Vaccination in Burma 1900-1911 - 1900-1911
Year: 1900
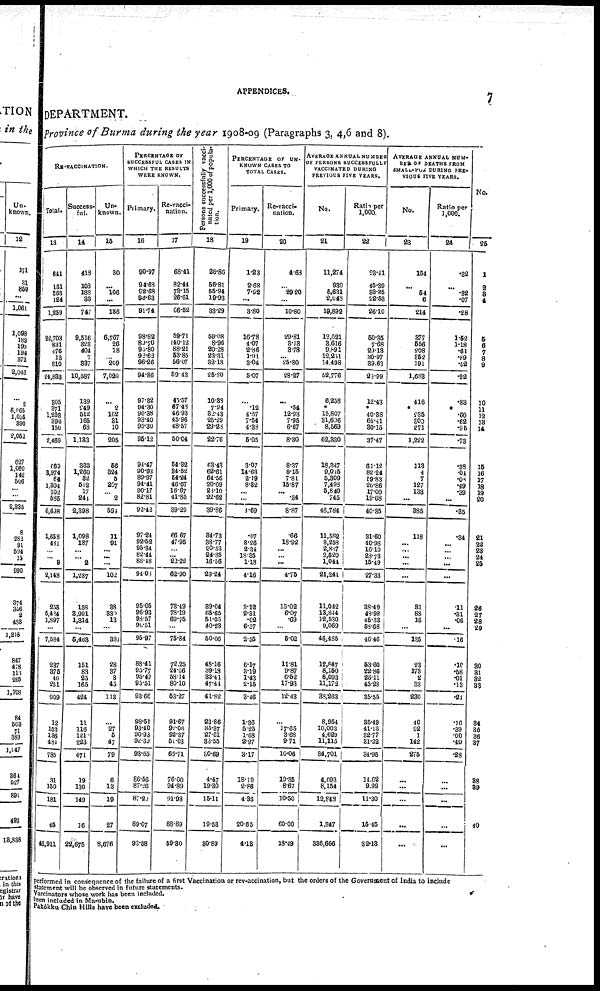
APPENDICES.
7
DEPARTMENT.
province of Burma during the year 1908-09 (Paragraphs 3, 4,6 and 8).
RE-VACCINATION.
Total.
13
641
131
863
124
1,259
22,703
831
476
13
810
24,833
305
371
1,253
390
150
2,469
669
3,974
64
1,804
102
585
6,698
1,658
461
...
... 9
2,148
238
5,434
1,897
...
7,584
237
375
46
251
909
12
153
136
484
785
31
150
181
45
46,911
Success-
ful.
14
418
103
188
33
747
9,516
323
404
7
337
10,587
139
249
512
165
68
1,133
333
1,260
32
512
17
244
2,398
1,098
187
...
... 2
1,287
158
3,991
1,314
...
5,463
151
83
25
165
424
11
116
121
223
471
19
130
149
16
22,675
Un-
known.
15
30
...
106
...
136
6,767
26
18
... 209
7,020
...
2
162
31
10
205
56
324
5
207
... 2
594
11
91
...
...
...
102
38
330
13
...
381
28
37
3
45
113
...
27
5
47
79
6
13
19
27
8,676
PERCENTAGE OF
SUCCESSFUL CASES IN
WHICH THE RESULTS
WERE KNOWN.
Primary.
16
90.97
94.68
92.68
94.63
91.74
98.82
89.70
95.80
92.62
96.26
94.86
97.32
94.30
96.38
93.40
95.30
95.12
91.47
90.93
89.97
94.41
90.17
82.81
92.42
97.24
92.52
95.34
82.44
88.48
94.08
95.05
96.93
98.57
90.51
95.97
88.41
95.77
95.49
95.51
93.66
98.51
93.40
90.93
92.39
93.65
86.56
87.26
87.20
89.07
93.58
Re-vacci-
nation.
17
68.41
82.44
72.15 26.61
86.52
59.71
140.12
88.21
53.85
56.07
59.43
45.57
67.48
46.93
45.96
48.57
50.04
54.32
34.52
54.24
46.67
16.67
41.85
39.29
66.67
47.95
...
... 22.22
62.90
78.49
78.19
69.75
...
75.84
72.25
24.56
58.14
80.10
53.27
91.67
92.06
92.37
51.03
66.71
76.00
94.89
91.98
88.89
59.30
Persons successfully vacci-
nated per 1,000 of popula-
tion.
18
26.86
56.81
55.94
19.93
83.29
59.08
8.96
20.28
23.31
32.18
25.80
10.38
7.94
82.48
25.29
29.28
22.76
63.43
62.61
64.56
20.69
28.10
22.62
39.86
34.73
38.77
20.53
24.85
16.56
29.24
39.04
65.65
51.05
40.23
50.06
48.16
39.18
33.41
47.44
41.82
23.86
35.37
27.61
33.55
80.69
4.47
19.30
15.11
19.53
30.89
PERCENTAGE OF UN-
KNOWN CASES TO
TOTAL CASES.
Primary.
19
1.23
2.68
7.92
...
3.80
16.78
4.07
2.86
1.91
3.04
5.07
...
.12
4.57
7.54
4.38
5.05
3.07
14.63
2.19
8.32
...
...
1.69
.07
8.26
2.34
18.35
1.18
4.16
3.12
2.31
.02
6.57
2.55
6.17
3.19
1.43
2.15
3.46
1.36
5.25
1.68
2.97
3.17
18.19
2.86
4.36
20.65
4.13
Re-vacci-
nation.
20
4.63
...
29.20
...
10.80
29.81
8.18
3.78
... 25.80
28.27
...
.54
12.93
7.95
6.67
8.30
8.37
8.15
7.81
15.87
... .34
8.87
.66
18.92
...
...
...
4.75
15.02
6.07
.69
...
5.02
11.81
9.87
6.52
17.93
12.43
...
17.65
3.68
9.71
10.06
19.35
8.67
10.50
60.00
18.49
AVERAGE ANNUAL NUMBER
OF PERSONS SUCCESSFULLY
VACCINATED DURING
PREVIOUS FIVE YEARS.
No.
21
11,274
939
5,631
2,048
19,892
12,521
8,616
9,891
12,251
14,498
52,776
6,258
*
15,807
31,606
8,569
62,330
18,347
9,015
5,309
7,498
5,840
745
46,784
11,582
3,258
2,837
2,520
1,044
21,241
11,042
13,844
12,530
9,069
46,485
12,847
8,150
6,093
11,172
38,263
8,954
10,003
4,629
11,115
34,701
4,693
8,154
12,848
1,347
336,666
Ratio per
1,000.
22
28.41
45.39
38.35
22.53
26.10
50.35
7.68
29.18
30.97
39.63
28.99
12.43
* 40.38
65.41
30.15
37.47
61.12
82.24
59.83
26.86
17.00
19.68
40.35
31.60
40.98
16.10
28.73
15.49
27.33
38.49
48.98
46.33
58.68
46.46
53.60
22.86
26.11
45.28
35.55
35.49
41.13
32.77
31.22
34.95
14.62
9.99
11.30
15.45
32.13
AVERAGE ANNUAL NUM-
BER OF DEATHS FROM
SMALL-POX DURING PRE-
VIOUS FIVE YEARS.
No.
23
154
...
54
6
214
377
556
208
352
191
1,688
416
* 235
300 271
1,222
113
4
7
127
133
...
385
118
... ...
...
...
...
31
88
16
...
135
23
173
2
33
280
40
92
1
142
275
...
...
...
...
...
Ratio per
1,000.
24
.32
...
.32
.07
.28
1.52
1.18
.61
.89
.52
.92
.83
* .60
.62
.95
.73
.38
.04
.08
.49
.39
...
.35
.34
... ...
... ...
...
.11
.31
.06
...
.16
.10
.58
.01
.13
.24
.16
.39
.00
.40
.28
...
...
...
...
...
No.
25
1
2
3
4
5
6
7
8
9
10
11
12
13
14
15
16
17
18
19
20
21
22 23
24
25
26
27
28
29
30
31
32
33
34
35
36
37
38
39
40
performed in consequence of the failure of a first Vaccination or revaccination, but the orders of the Government of India to include
statement will be observed in future statements.
Vaccinators whose work has been included.
been included in Ma-ubin.
Pakôkku Chin Hills have been excluded.